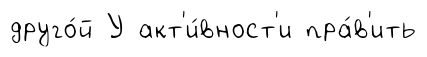
друго́й У акт'и́вност'и пра́в'ить